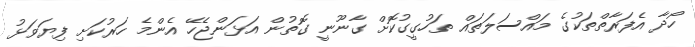
ހޯދާ އެފަރާތްތަކުގެ މައްސަލަތައް ތަހުގީގުކޮށް ގާނޫނީ ގޮތުން އަޅަންޖެހޭ އެންމެ ހަރުކަށި ފިޔަވަޅު